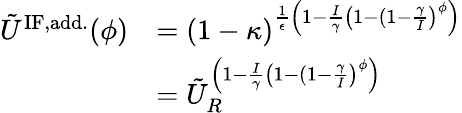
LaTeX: \begin{array}{rl}{\tilde{U}^{\mathrm{IF,add.}}(\phi)}&{=(1-\kappa)^{\frac{1}{\epsilon}\left(1-\frac{I}{\gamma}\left(1-(1-\frac{\gamma}{I}\right)^{\phi}\right)}}\\ &{=\tilde{U}_{R}^{\left(1-\frac{I}{\gamma}\left(1-(1-\frac{\gamma}{I}\right)^{\phi}\right)}}\end{array}